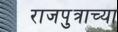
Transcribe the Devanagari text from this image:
राजपुत्राच्या